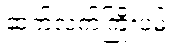
ဆက်လက်ကြိုးပမ်း